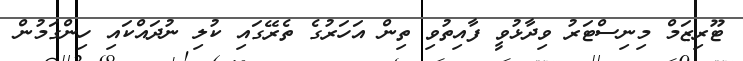
ޓޫރިޒަމް މިނިސްޓަރު ވިދާޅުވީ ފާއިތުވި ތިން އަހަރުގެ ތެރޭގައި ކުލި ނުދައްކައި ހިންގަމުން